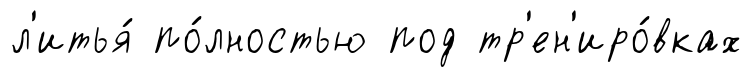
л'итья́ по́лностью под тр'ен'иро́вках